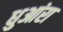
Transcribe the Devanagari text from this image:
धुआंरा